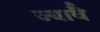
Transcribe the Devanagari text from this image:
ज्यावै